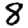
Digit: 8